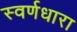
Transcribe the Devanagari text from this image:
स्वर्णधारा